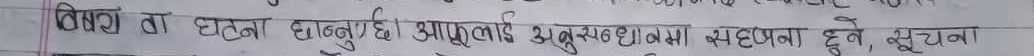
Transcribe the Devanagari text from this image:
विषय वा घटना जानुपर्छ। आफूलाई अनुसन्धानमा सहयोग हुने, सूचना